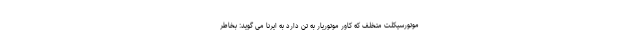
موتورسیکلت متخلف که کاور موتوریار به تن دارد به ایرنا می گوید: بخاطر